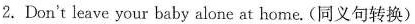
2.Don't leave your baby alone at home. (同义句转换)